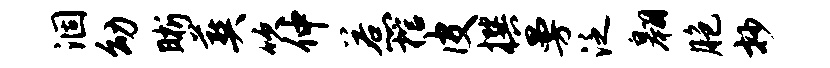
涸幼晰葬吹仲惹棺皮撰曼泛翱胞抄